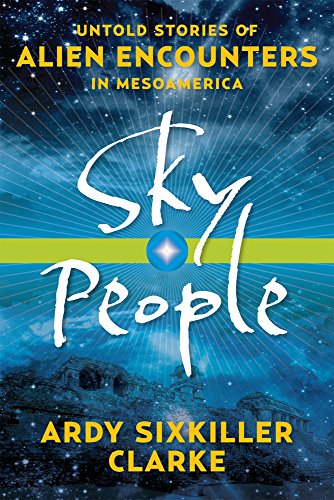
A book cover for Sky People: Untold Stories of Alien Encounters in Mesoamerica; Ardy Sixkiller Clarke; Science & Math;